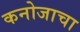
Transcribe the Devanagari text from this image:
कनोजाचा